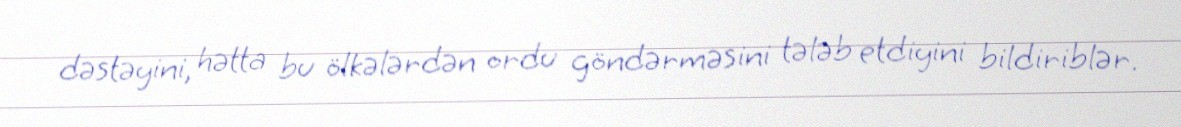
dəstəyini, hətta bu ölkələrdən ordu göndərməsini tələb etdiyini bildiriblər.